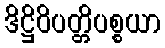
ဒိဋ္ဌိဝိပတ္တိပစ္စယာ